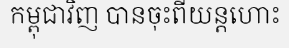
កម្ពុជាវិញ បានចុះពីយន្តហោះ